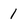
Character: 1